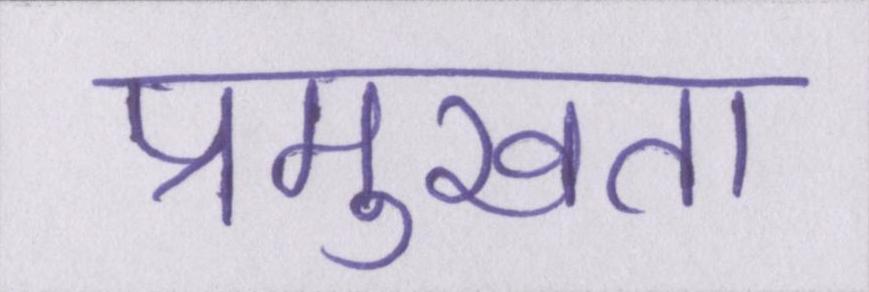
प्रमुखता